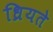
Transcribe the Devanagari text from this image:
ध्रियते